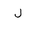
Letter: _lam